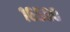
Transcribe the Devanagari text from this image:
१६५००